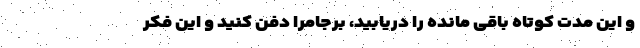
و این مدت کوتاه باقی مانده را دریابید، برجامرا دفن کنید و این فکر